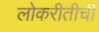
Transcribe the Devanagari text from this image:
लोकरीतीची